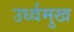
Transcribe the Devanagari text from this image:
उर्ध्वमुख